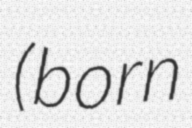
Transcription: (born